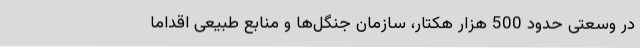
در وسعتی حدود 500 هزار هکتار، سازمان جنگل‌ها و منابع طبیعی اقداما